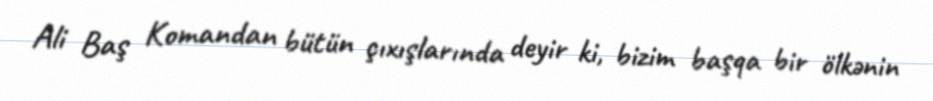
Ali Baş Komandan bütün çıxışlarında deyir ki, bizim başqa bir ölkənin